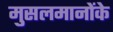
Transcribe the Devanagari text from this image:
मुसलमानोंके